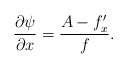
\begin{align*}\frac{\partial \psi }{\partial x}=\frac{A-f_{x}^{\prime }}{f}. \end{align*}